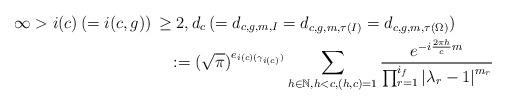
LaTeX: \begin{align*} &\infty>i(c)\,(=i(c, g))\,\ge 2, d_c\,(=d_{c,g, m, I}=d_{c,g, m, \tau(I)}=d_{c,g, m,\tau(\Omega)})\\&\qquad\qquad\qquad\qquad\quad\,\,\,:=(\sqrt{\pi})^{e_{i(c)(\gamma_{i(c)})}}\sum_{h\in\mathbb{N}, h<c, (h, c)=1}\frac{e^{-i\frac{2\pi h}{c}{m}}}{\prod_{r=1}^{i_f}\left\vert \lambda_r-1\right\vert^{m_r}}\end{align*}